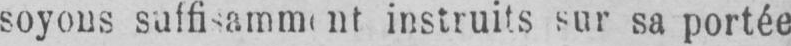
instruits sur sa portée